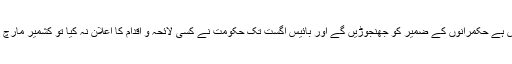
اسلام آباد جہاں کشمیر پر قبرستان جیسی خاموش ہے حکمرانوں کے ضمیر کو جھنجوڑیں گے اور بائیس اگست تک حکومت نے کسی لائحہ و اقدام کا اعلان نہ کیا تو کشمیر مارچ میں ہم آئندہ کے لائحہ عمل کا اعلان کریں گے۔